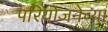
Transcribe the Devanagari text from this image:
परियोजनेच्या